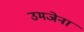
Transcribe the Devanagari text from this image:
उमजेना